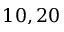
1 0 , 2 0